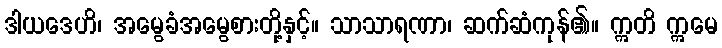
ဒါယဒေဟိ၊ အမွေခံအမွေစားတို့နှင့်။ သာသာရဏာ၊ ဆက်ဆံကုန်၏။ ဣတိ ဣမေ